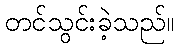
တင်သွင်းခဲ့သည်။